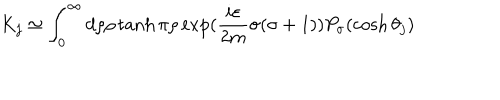
K _ { j } \simeq \int _ { 0 } ^ { \infty } d \rho \rho \tanh \pi \rho \exp ( \frac { i \varepsilon } { 2 m } \sigma ( \sigma + 1 ) ) P _ { \sigma } ( \cosh \theta _ { j } )